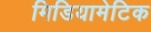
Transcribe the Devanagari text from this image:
मिडियामेटिक